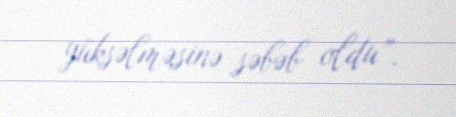
yüksəlməsinə səbəb oldu”.